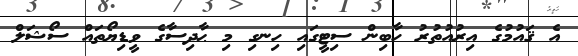
އެ ޤައުމުގެ އިރުއުތުރު ހާބިން ސިޓީގައި ހިނގި މި ޙާދިސާގެ ވީޑިޔޯތައް ސޯޝަލް